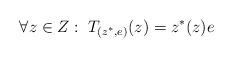
LaTeX: \begin{align*}\forall z\in Z:\; T_{(z^*,e)}(z)=z^*(z)e\end{align*}